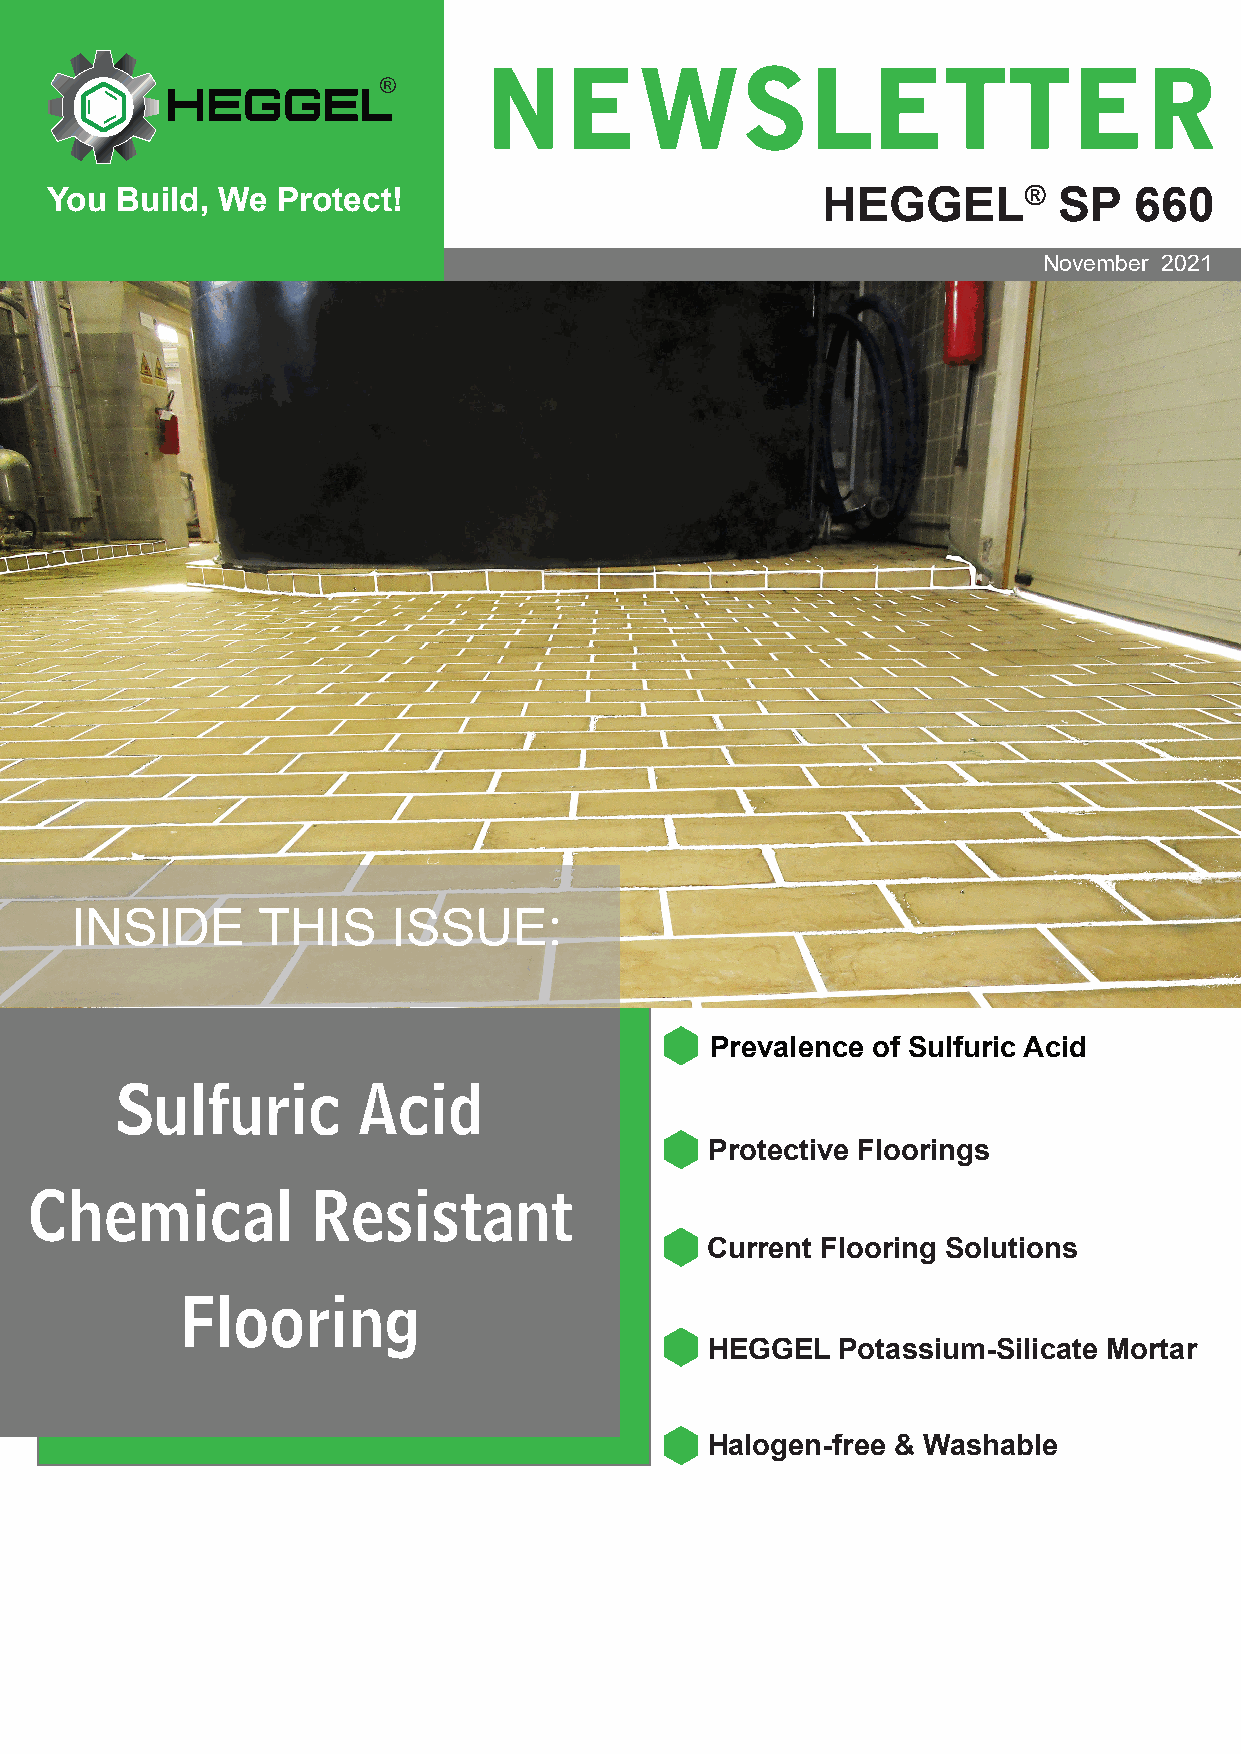
NEWSLETTER
 You  Build, We Protect!                            HEGGEL®         SP   660
 November 2021
 INSIDE      THIS     ISSUE:
 Prevalence of Sulfuric Acid
 Sulfuric        Acid
 Protective Floorings
 Chemical           Resistant
 Current Flooring Solutions
 Flooring
 HEGGEL  Potassium-Silicate Mortar
 Halogen-free & Washable